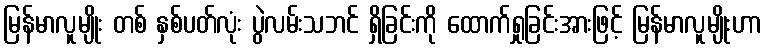
မြန်မာလူမျိုး တစ် နှစ်ပတ်လုံး ပွဲလမ်းသဘင် ရှိခြင်းကို ထောက်ရှုခြင်းအားဖြင့် မြန်မာလူမျိုးဟာ